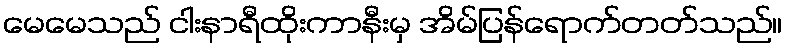
မေမေသည် ငါးနာရီထိုးကာနီးမှ အိမ်ပြန်ရောက်တတ်သည်။